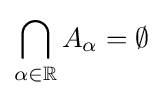
\bigcap _{\alpha \in \mathbb {R} }A_{\alpha }=\emptyset